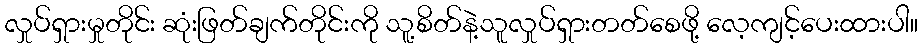
လှုပ်ရှားမှုတိုင်း ဆုံးဖြတ်ချက်တိုင်းကို သူ့စိတ်နဲ့သူလှုပ်ရှားတတ်စေဖို့ လေ့ကျင့်ပေးထားပါ။